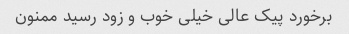
برخورد پیک عالی خیلی خوب و زود رسید ممنون